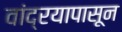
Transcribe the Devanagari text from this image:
वांद्रयापासून